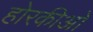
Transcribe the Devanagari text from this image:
होरकीओ